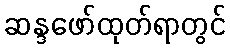
ဆန္ဒဖော်ထုတ်ရာတွင်